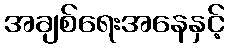
အချစ်ရေးအနေနှင့်